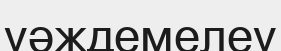
уәждемелеу